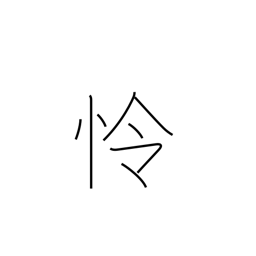
Meaning: wise